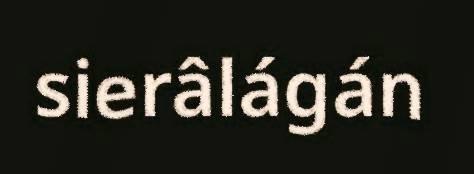
sierâlágán